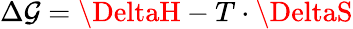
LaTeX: \Delta\mathcal{G}=\DeltaH-T\cdot\DeltaS